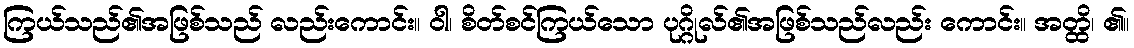
ကြယ်သည်၏အဖြစ်သည် လည်းကောင်း။ ဝါ၊ စိတ်စင်ကြယ်သော ပုဂ္ဂိုလ်၏အဖြစ်သည်လည်း ကောင်း။ အတ္ထိ၊ ၏။